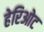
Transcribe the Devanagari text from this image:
हेरिओट